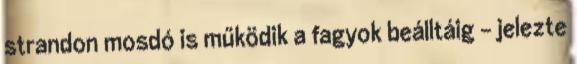
strandon mosdó is működik a fagyok beálltáig – jelezte